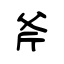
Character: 斧